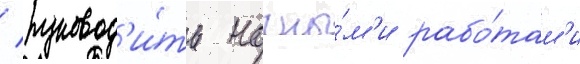
/ руковод'и́ть ночны́м'и рабо́там'и